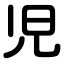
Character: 児